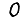
Digit: 0